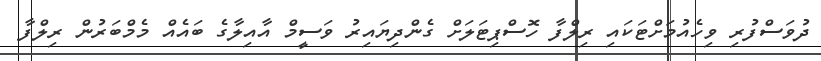
ދުވަސްފުރި ވިހެއުމަށްޓަކައި ރިލްފާ ހޮސްޕިޓަލަށް ގެންދިޔައިރު ވަސީމް އާއިލާގެ ބައެއް މެމްބަރުން ރިލްފާ